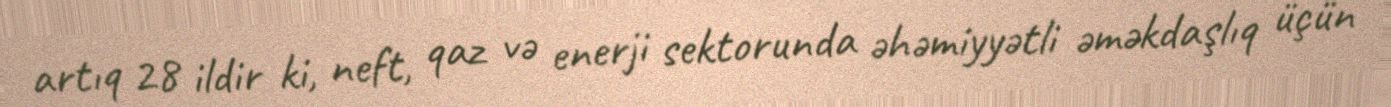
artıq 28 ildir ki, neft, qaz və enerji sektorunda əhəmiyyətli əməkdaşlıq üçün